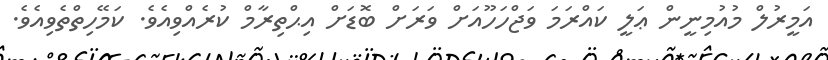
އަމީރުލް މުއުމިނީން ޢަލީ ކައްރަމަ ވަޖްހަހޫއަށް ވަރަށް ބޮޑަށް އިޙްތިރާމް ކުރެއްވިއެވެ. ކަމޭހިތްތެވިއެވެ.